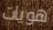
هويات